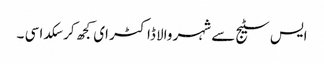
ایس سٹیج سے شہر والا ڈاکٹر ای کجھ کر سکدا سی ۔